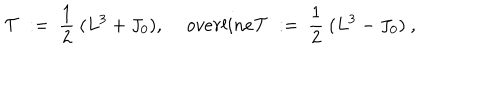
{ \mathcal T } \ : = \ \frac 1 2 \ ( L ^ { 3 } + J _ { 0 } ) , \quad \, o v e r l i n e { \mathcal T } \ : = \ \frac 1 2 \ ( L ^ { 3 } - J _ { 0 } ) \ ,